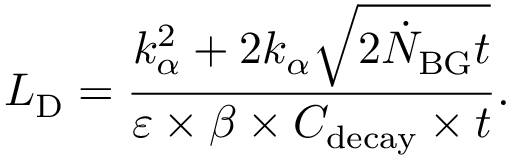
L _ { \mathrm { D } } = \frac { k _ { \alpha } ^ { 2 } + 2 k _ { \alpha } \sqrt { 2 \dot { N } _ { \mathrm { B G } } t } } { \varepsilon \times \beta \times C _ { \mathrm { d e c a y } } \times t } .